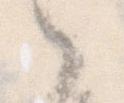
之